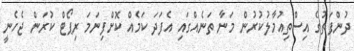
ދުންފަތުގެ އިސްތިއުމާލުކުރުން މަނާ ތަނެއްގައި އެފަދަ ކަމެއް ކޮށްފިނަމަ ރިޕޯޓް ކުރަން ޖެހެނީ